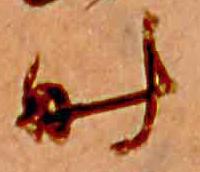
時